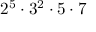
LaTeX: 2 ^ { 5 } \cdot 3 ^ { 2 } \cdot 5 \cdot 7